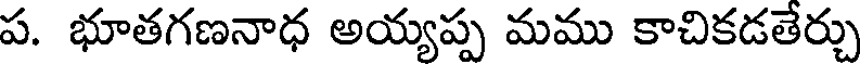
ప. భూతగణనాధ అయ్యప్ప మము కాచికడతేర్చు